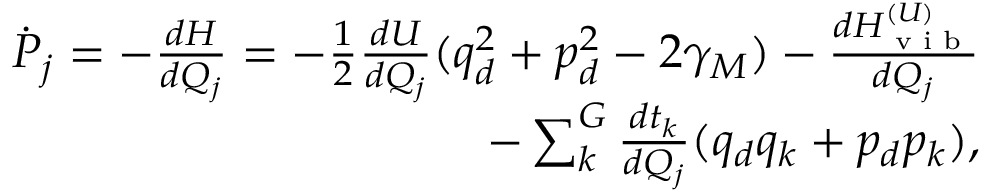
\begin{array} { r } { \dot { P } _ { j } = - \frac { d H } { d Q _ { j } } = - \frac { 1 } { 2 } \frac { d U } { d Q _ { j } } ( q _ { d } ^ { 2 } + p _ { d } ^ { 2 } - 2 \gamma _ { M } ) - \frac { d H _ { \textrm { v i b } } ^ { ( U ) } } { d Q _ { j } } } \\ { - \sum _ { k } ^ { G } \frac { d t _ { k } } { d Q _ { j } } ( q _ { d } q _ { k } + p _ { d } p _ { k } ) , } \end{array}